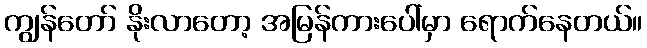
ကျွန်တော် နိုးလာတော့ အမြန်ကားပေါ်မှာ ရောက်နေတယ်။